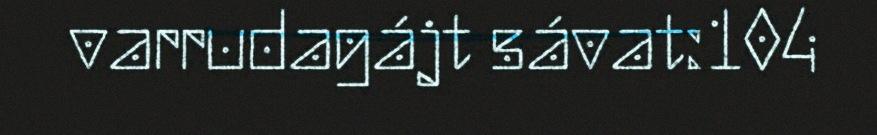
varrudagájt sávat:104